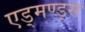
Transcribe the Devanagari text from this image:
एड्मण्ड्स